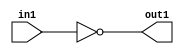
`timescale 1ps / 1ps
/*****************************************************************************
    Verilog RTL Description
    
    
    Created by: CellMath Designer 2019.1.01 
*******************************************************************************/

module avg_pool_Not_1U_1U_4 (
	in1,
	out1
	); /* architecture "behavioural" */ 
input  in1;
output  out1;
wire  asc001;

assign asc001 = 
	((~in1));

assign out1 = asc001;
endmodule

/* CADENCE  urX5Qww= : u9/ySgnWtBlWxVPRXgAZ4Og= ** DO NOT EDIT THIS LINE ******/